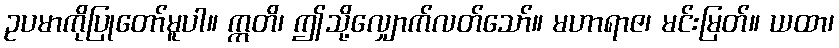
ဥပမာကိုပြုတော်မူပါ။ ဣတိ၊ ဤသို့လျှောက်လတ်သော်။ မဟာရာဇ၊ မင်းမြတ်။ ယထာ၊